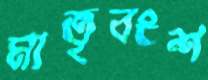
মাতৃবংশ